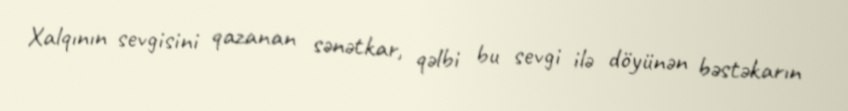
Xalqının sevgisini qazanan sənətkar, qəlbi bu sevgi ilə döyünən bəstəkarın